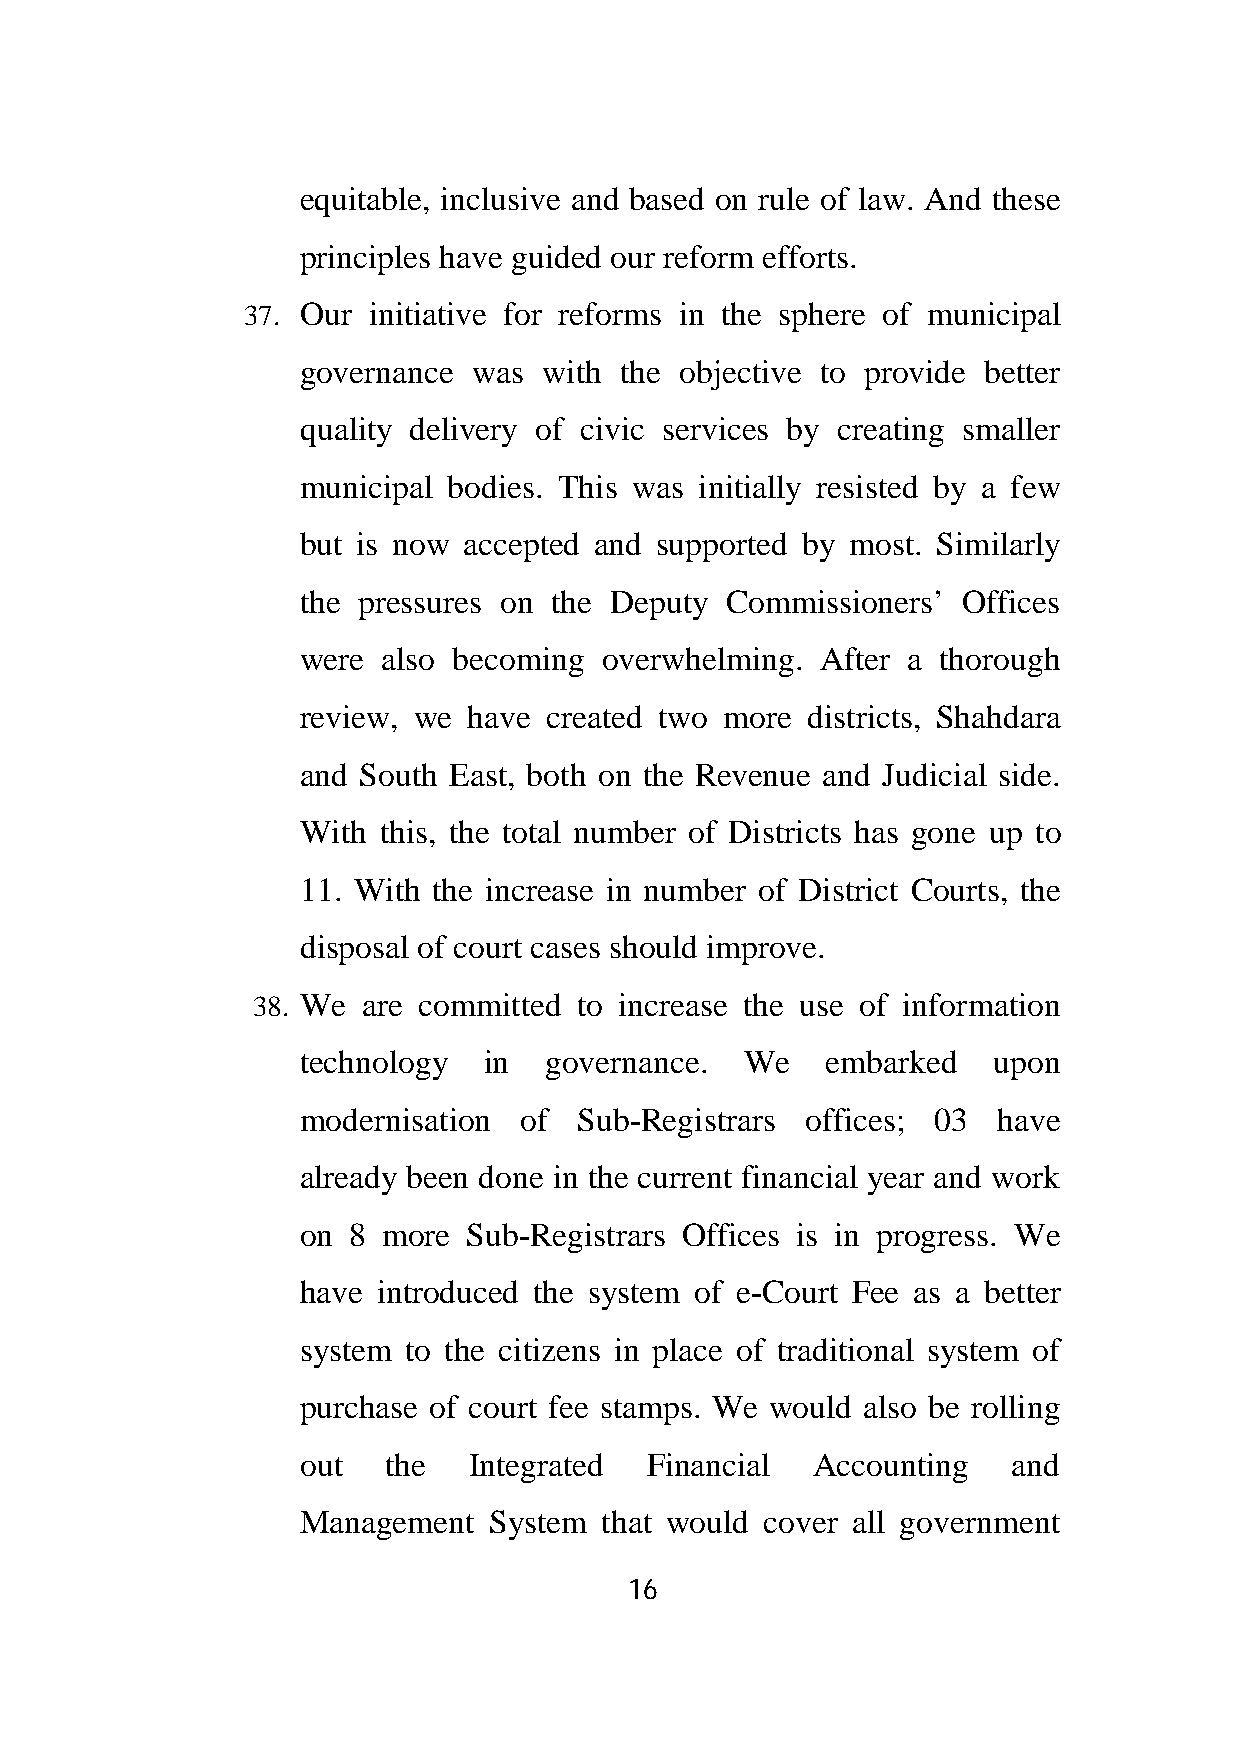
equitable, inclusive and based on rule of law. And these
 principles have guided our reform efforts.
 37. Our initiative for reforms in the sphere of municipal
 governance was  with the objective to provide better
 quality delivery of civic services by creating smaller
 municipal bodies. This was initially resisted by a few
 but is now accepted and supported by most. Similarly
 the pressures on the Deputy Commissioners’  Offices
 were also becoming  overwhelming. After a thorough
 review, we have created two more districts, Shahdara
 and South East, both on the Revenue and Judicial side.
 With this, the total number of Districts has gone up to
 11. With the increase in number of District Courts, the
 disposal of court cases should improve.
 38. We are committed to increase the use of information
 technology  in  governance.  We    embarked   upon
 modernisation of  Sub-Registrars offices; 03  have
 already been done in the current financial year and work
 on 8 more  Sub-Registrars Offices is in progress. We
 have introduced the system of e-Court Fee as a better
 system to the citizens in place of traditional system of
 purchase of court fee stamps. We would also be rolling
 out   the  Integrated  Financial  Accounting   and
 Management  System  that would cover all government
 16